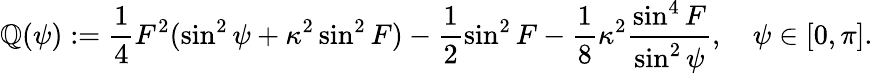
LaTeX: \mathbb{Q}(\psi):=\frac{{1}}{{4}}F^{2}(\sin^{2}{\psi}+\kappa^{2}\sin^{2}{F})-\frac{{1}}{{2}}\sin^{2}{F}-\frac{{1}}{{8}}\kappa^{2}\frac{{\sin^{4}{F}}}{{\sin^{2}{\psi}}},\quad\psi\in[0,\pi].